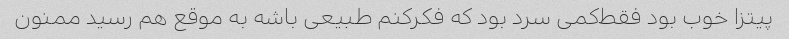
پیتزا خوب بود فقط‌کمی سرد بود که فکرکنم طبیعی باشه به موقع هم رسید ممنون